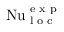
\mathrm { N u } _ { \textrm { l o c } } ^ { \textrm { e x p } }